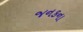
જનકના